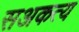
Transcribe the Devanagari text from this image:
सअकत्य